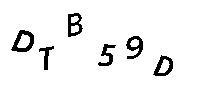
DTB59D